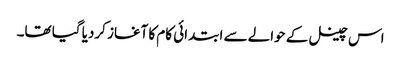
اس چینل کے حوالے سے ابتدائی کام کا آغاز کردیا گیا تھا۔